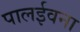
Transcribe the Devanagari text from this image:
पालईवना